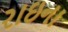
રાઇના